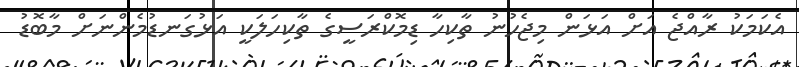
އެކަމަކު ރާއްޖެ އަށް އަޅަން މިޖެހުނު ތާކިހާ ޑިމޮކްރަސީގެ ތާކިހަލަކީ އަޅުގަނޑުމެންނަށް މާބޮޑު